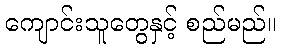
ကျောင်းသူတွေနှင့် စည်မည်။